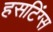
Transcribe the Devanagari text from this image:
हसटिंग्स